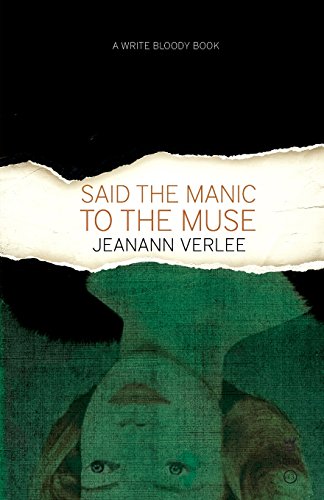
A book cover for Said The Manic To The Muse; Jeanann Verlee; Literature & Fiction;